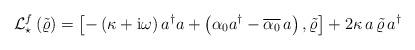
LaTeX: \begin{align*} \mathcal{L}_{\star}^f \left( \tilde{\varrho} \right)= \left[ - \left( \kappa + \mathrm{i} \omega \right) a^\dagger a + \left( \alpha_0 a^\dagger - \overline{\alpha_0} \, a \right), \tilde{ \varrho } \right] +2 \kappa \, a\, \tilde{ \varrho } \, a^\dagger \end{align*}